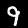
Digit: 9